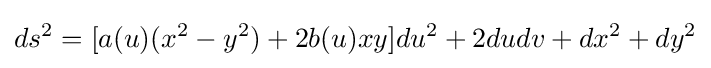
ds^{2}=[a(u)(x^{2}-y^{2})+2b(u)xy]du^{2}+2dudv+dx^{2}+dy^{2}